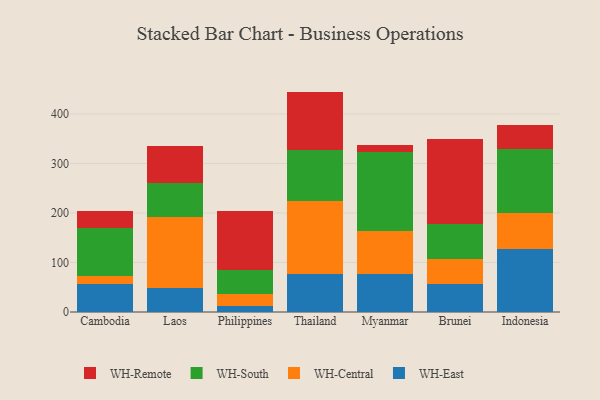
{"axis": {"x": "Country", "y": "Inventory Turnover"}, "legend": ["WH-Central", "WH-East", "WH-Remote", "WH-South"], "data": [{"x": "Cambodia", "y": 56.0, "type": "WH-East"}, {"x": "Cambodia", "y": 16.6, "type": "WH-Central"}, {"x": "Cambodia", "y": 96.2, "type": "WH-South"}, {"x": "Cambodia", "y": 35.6, "type": "WH-Remote"}, {"x": "Laos", "y": 47.6, "type": "WH-East"}, {"x": "Laos", "y": 143.3, "type": "WH-Central"}, {"x": "Laos", "y": 69.9, "type": "WH-South"}, {"x": "Laos", "y": 75.3, "type": "WH-Remote"}, {"x": "Philippines", "y": 11.8, "type": "WH-East"}, {"x": "Philippines", "y": 24.4, "type": "WH-Central"}, {"x": "Philippines", "y": 48.4, "type": "WH-South"}, {"x": "Philippines", "y": 119.9, "type": "WH-Remote"}, {"x": "Thailand", "y": 77.0, "type": "WH-East"}, {"x": "Thailand", "y": 146.7, "type": "WH-Central"}, {"x": "Thailand", "y": 104.2, "type": "WH-South"}, {"x": "Thailand", "y": 117.2, "type": "WH-Remote"}, {"x": "Myanmar", "y": 76.6, "type": "WH-East"}, {"x": "Myanmar", "y": 87.9, "type": "WH-Central"}, {"x": "Myanmar", "y": 158.0, "type": "WH-South"}, {"x": "Myanmar", "y": 15.1, "type": "WH-Remote"}, {"x": "Brunei", "y": 56.8, "type": "WH-East"}, {"x": "Brunei", "y": 49.8, "type": "WH-Central"}, {"x": "Brunei", "y": 70.5, "type": "WH-South"}, {"x": "Brunei", "y": 171.6, "type": "WH-Remote"}, {"x": "Indonesia", "y": 127.8, "type": "WH-East"}, {"x": "Indonesia", "y": 72.1, "type": "WH-Central"}, {"x": "Indonesia", "y": 129.9, "type": "WH-South"}, {"x": "Indonesia", "y": 48.5, "type": "WH-Remote"}]}